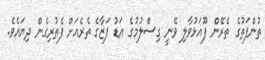
ތުންފަތުގެ ތެރޭން ފޫއަޅުވާލި ވޭނީ ގިސްލުމުގެ އަޑު ފަޒާގެ ތެރެއަށް ފެތުރިގެން ދިޔައެވެ.